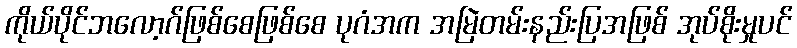
ကိုယ်ပိုင်ဘလော့ဂ်ဖြစ်စေဖြစ်စေ ပုဂံအက အမြဲတမ်းနည်းပြအဖြစ် အုပ်စိုးမှုပင်